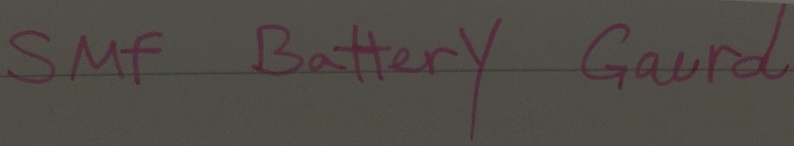
Text: SMF Battery Gaurd